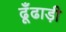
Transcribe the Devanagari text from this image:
ढूँढाड़ी